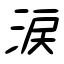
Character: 涙